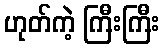
ဟုတ်ကဲ့ ကြီးကြီး